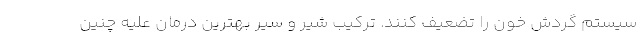
سیستم گردش خون را تضعیف کنند. ترکیب شیر و سیر بهترین درمان علیه چنین